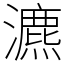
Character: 瀌